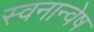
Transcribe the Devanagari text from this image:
स्वनान्वेष